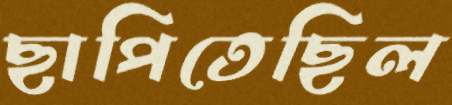
ছাপিতেছিল